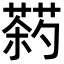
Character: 𬞠